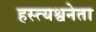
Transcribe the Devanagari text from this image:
हस्त्यश्वनेता